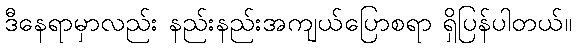
ဒီနေရာမှာလည်း နည်းနည်းအကျယ်ပြောစရာ ရှိပြန်ပါတယ်။